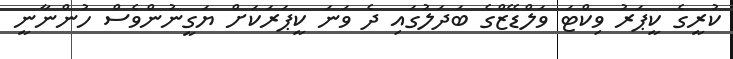
ކުރީގެ ކީޕަރު ވިކްޓަ ވަލްޑޭޒްގެ ބަދަލުގައި ދެ ވަނަ ކީޕަރަކަށް ޔަގީނުންވެސް ހުންނާނީ